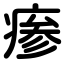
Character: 瘆